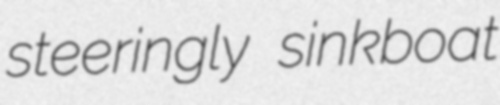
steeringly sinkboat